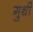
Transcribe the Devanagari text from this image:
गुथीं